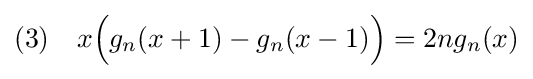
(3)\quad x{\Bigl (}g_{n}(x+1)-g_{n}(x-1){\Bigr )}=2ng_{n}(x)